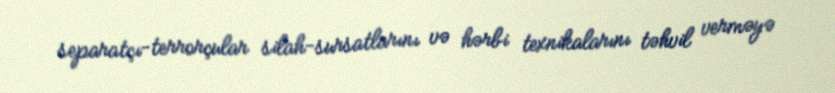
separatçı-terrorçular silah-sursatlarını və hərbi texnikalarını təhvil verməyə